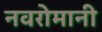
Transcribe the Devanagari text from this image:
नवरोमानी